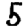
Digit: 5